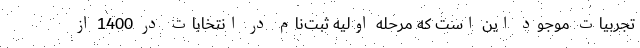
تجربیات موجود این است که مرحله اولیه ثبت‌نام در انتخابات در 1400 از